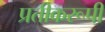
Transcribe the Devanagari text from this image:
प्रतीकरूपी